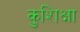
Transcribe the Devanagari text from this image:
कुशिक्षा